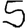
Digit: 5